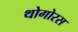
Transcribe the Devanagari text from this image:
थोगोरस